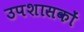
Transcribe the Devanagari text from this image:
उपशासकों